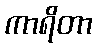
ကာရိတာ